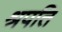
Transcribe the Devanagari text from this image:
श्रपति